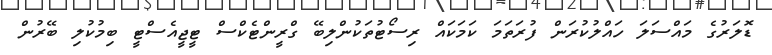
ޑޮލަރުގެ މައްސަލަ ހައްލުކުރަން ފުރަތަމަ ކަމަކައް ރިސޯޓުތަކުންލިބޭ ގްރީންޓެކްސް ޓީޖީއެސްޓީ ބިމުކުލި ބޭރުން